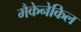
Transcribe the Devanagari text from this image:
मैकेनेकिल